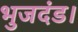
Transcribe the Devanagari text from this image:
भुजदंड।